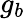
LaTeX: g_{b}